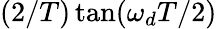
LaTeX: (2/T)\tan(\omega_{d}T/2)